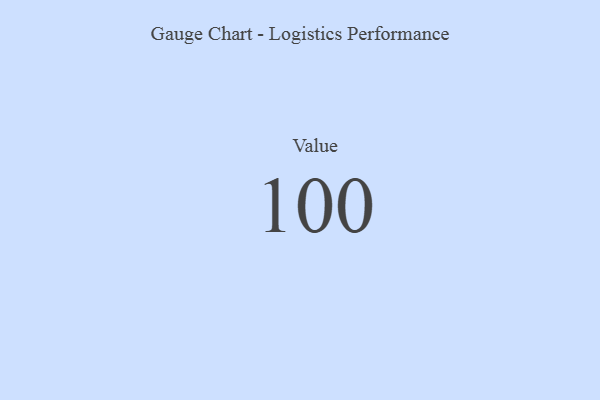
{"axis": {"x": "Metric", "y": "Value"}, "legend": [""], "data": [{"x": "Value", "y": 100, "type": ""}]}